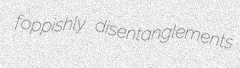
foppishly disentanglements